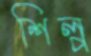
শিল্প